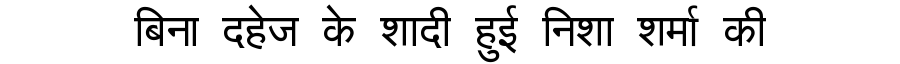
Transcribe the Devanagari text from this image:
बिना दहेज के शादी हुई निशा शर्मा की